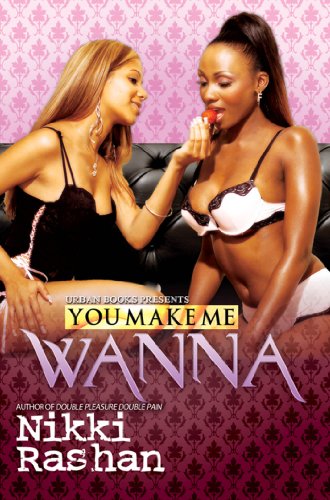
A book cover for You Make Me Wanna (Urban Books); Nikki Rashan; Romance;